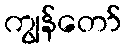
ကျွန်တော်